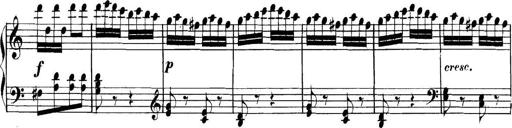
Title: Collected Piano Sonatas
Composer: Muzio Clementi